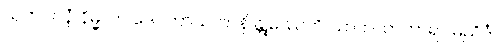
သုဘဂဝနံ နိမ္မလာ ဒေဝတာသတာနိ န္တုဿေတိ သာဟသာကာရာ မညိဒံ